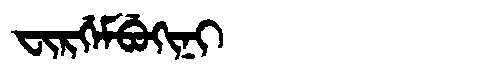
Manchu: ᠸᡳᡵᡤᡝᠮᠪᡠᡴᡳᠨᡳ
Romanization: FIRGEMBUKINI